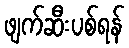
ဖျက်ဆီးပစ်ရန်